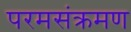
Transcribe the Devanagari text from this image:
परमसंक्रमण